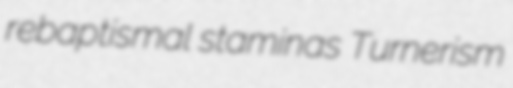
rebaptismal staminas Turnerism